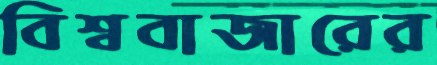
বিশ্ববাজারের